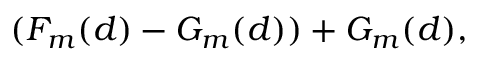
~ ~ ~ ~ ~ ~ ~ ~ ~ ( F _ { m } ( d ) - G _ { m } ( d ) ) + G _ { m } ( d ) ,